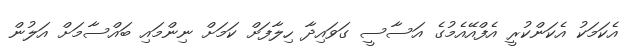
އެކަމަކު އެކަންކުރީ އެފްއޭއެމުގެ އަސާސީ ގަވައިދާ ހިލާފަށް ކަމަށް ނިންމައި ބައްސާމަަށް އަލުން